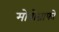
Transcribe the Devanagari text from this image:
मोनोग्राफों